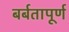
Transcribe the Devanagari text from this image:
बर्बतापूर्ण